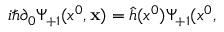
i \hbar \partial _ { 0 } \Psi _ { + 1 } ( x ^ { 0 } , { \bf x } ) = \hat { h } ( x ^ { 0 } ) \Psi _ { + 1 } ( x ^ { 0 } ,